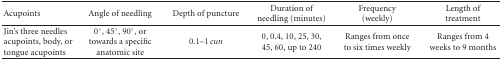
<table><thead><tr><td><b>Acupoints</b></td><td><b>Angle of needling</b></td><td><b>Depth of puncture</b></td><td><b>Duration of needling (minutes)</b></td><td><b>Frequency (weekly)</b></td><td><b>Length of treatment</b></td></tr></thead><tbody><tr><td>Jin&#x27;s three needles acupoints, body, or tongue acupoints</td><td>0°, 45°, 90°, or towards a specific anatomic site</td><td>0.1–1 <i>cun </i></td><td>0, 0.4, 10, 25, 30, 45, 60, up to 240</td><td>Ranges from once to six times weekly</td><td>Ranges from 4 weeks to 9 months</td></tr></tbody></table>